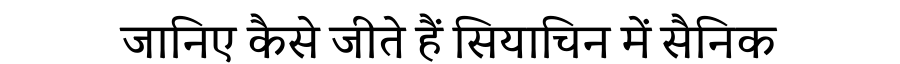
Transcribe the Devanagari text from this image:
जानिए कैसे जीते हैं सियाचिन में सैनिक